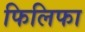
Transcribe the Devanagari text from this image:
फिलिफा